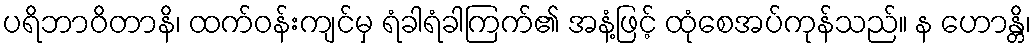
ပရိဘာဝိတာနိ၊ ထက်ဝန်းကျင်မှ ရံခါရံခါကြက်၏ အနံ့ဖြင့် ထုံစေအပ်ကုန်သည်။ န ဟောန္တိ၊